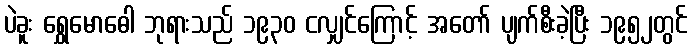
ပဲခူး ရွှေမောဓေါ ဘုရားသည် ၁၉၃၀ ငလျှင်ကြောင့် အတော် ပျက်စီးခဲ့ပြီး ၁၉၅၂တွင်